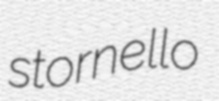
stornello